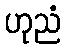
ဟုညံ